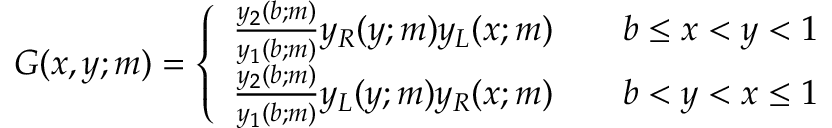
\begin{array} { r } { G ( x , y ; m ) = \left\{ \begin{array} { l l } { \frac { y _ { 2 } ( b ; m ) } { y _ { 1 } ( b ; m ) } y _ { R } ( y ; m ) y _ { L } ( x ; m ) } & { \quad b \leq x < y < 1 } \\ { \frac { y _ { 2 } ( b ; m ) } { y _ { 1 } ( b ; m ) } y _ { L } ( y ; m ) y _ { R } ( x ; m ) } & { \quad b < y < x \leq 1 } \end{array} \right. } \end{array}